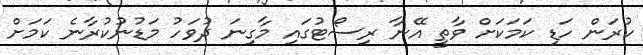
ކުރަން ހަޑި ކަމަކަށް ވާތީ އޭނާ ރިސޯޓުގައި މާގިނަ ދުވަހު މަޑުނުކުރާނެ ކަމަށް